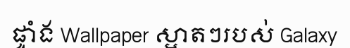
ផ្ទាំង Wallpaper ស្អាតៗរបស់ Galaxy